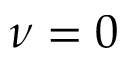
\nu = 0